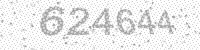
Solution: 624644